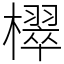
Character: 𣝦